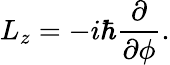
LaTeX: L_{z}=-i\hbar\frac{\partial}{\partial\phi}.